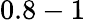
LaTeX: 0.8-1